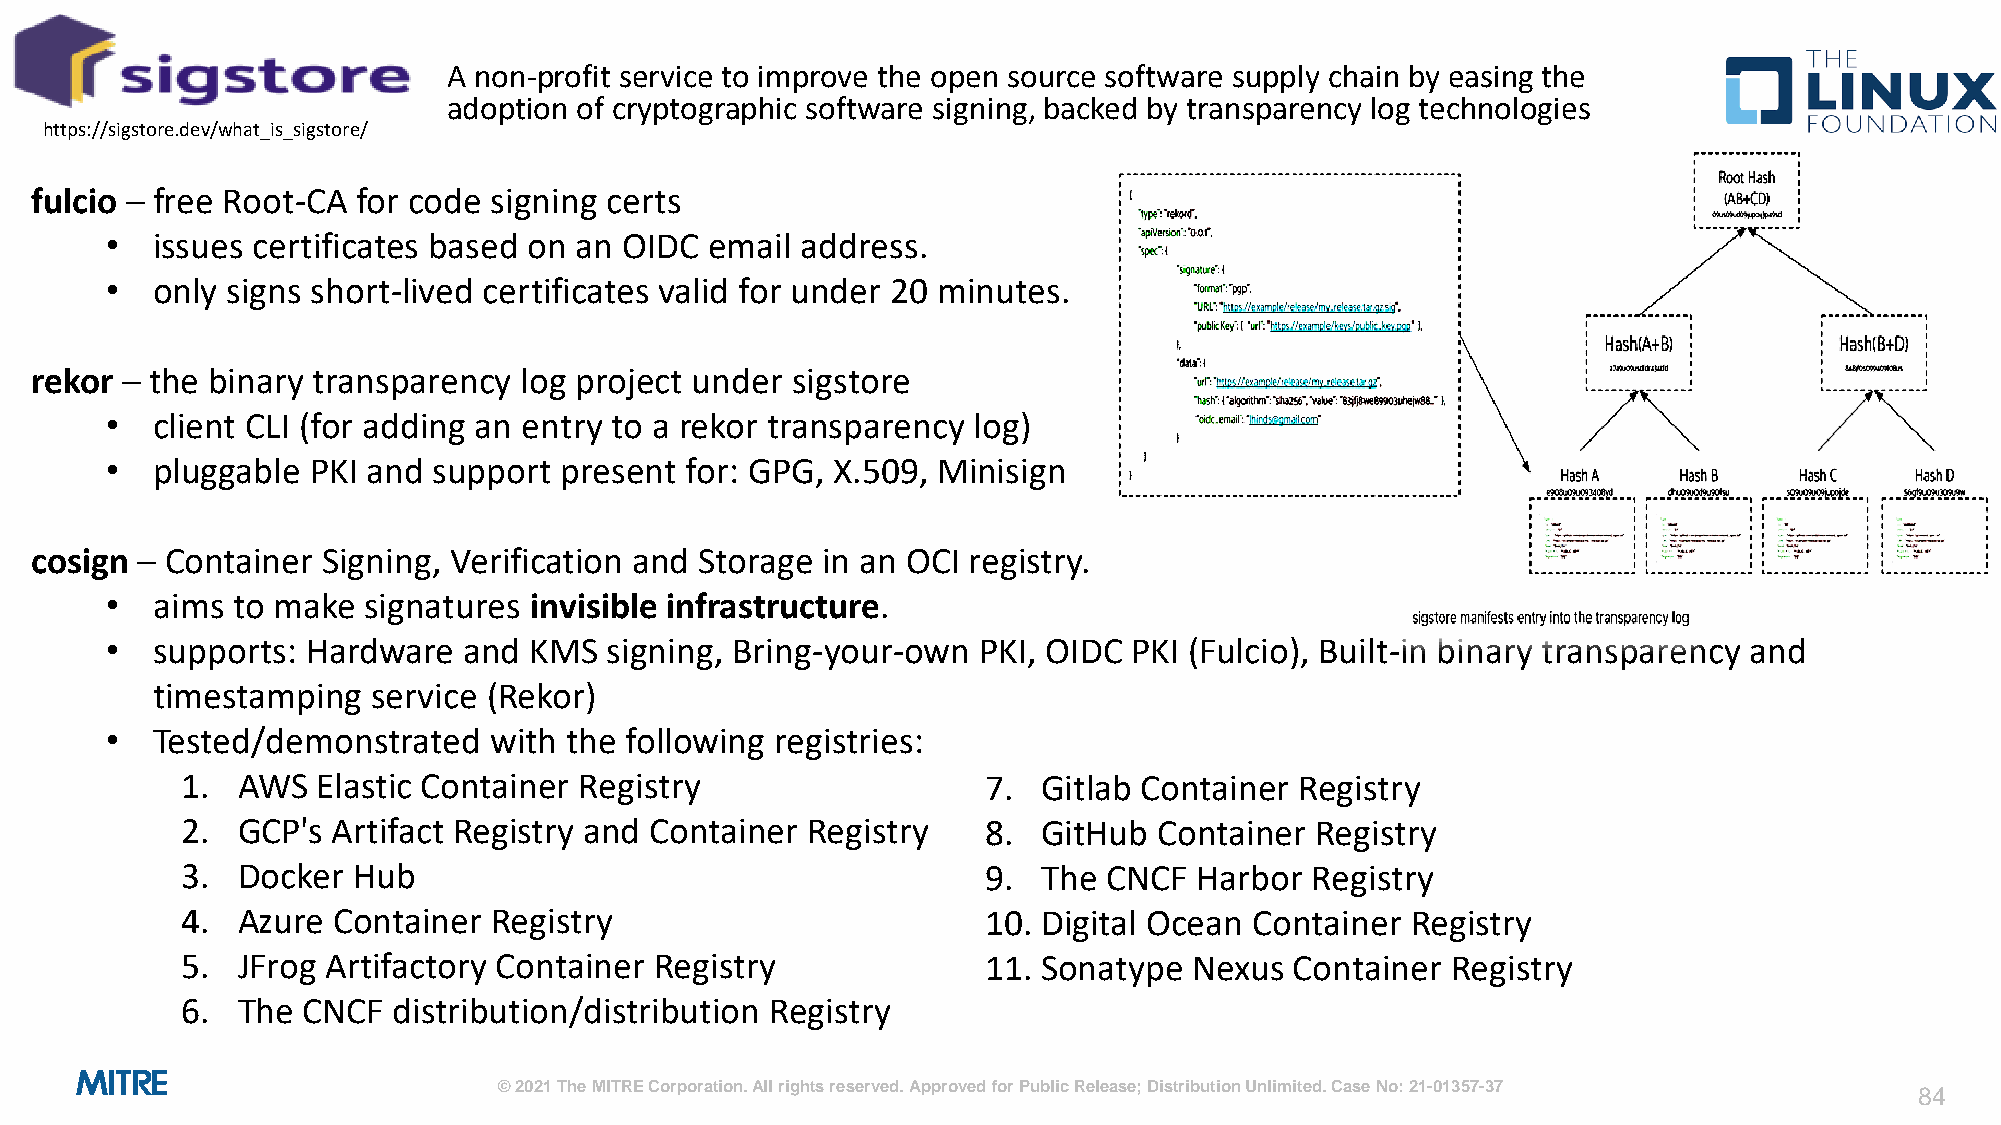
A non-profit service to improve the open source software supply chain by easing the
 adoption of cryptographic software signing, backed by transparency log technologies
 https://sigstore.dev/what_is_sigstore/
 fulcio – free Root-CA for code signing certs
 •  issues certificates based on an OIDC email address.
 •  only signs short-lived certificates valid for under 20 minutes.
 rekor – the binary transparency log project under sigstore
 •  client CLI (for adding an entry to a rekor transparency log)
 •  pluggable  PKI and support present for: GPG, X.509, Minisign
 cosign – Container Signing, Verification and Storage in an OCI registry.
 •  aims to make  signatures invisible infrastructure.
 •  supports: Hardware   and KMS  signing, Bring-your-own  PKI, OIDC PKI (Fulcio), Built-in binary transparency and
 timestamping   service (Rekor)
 •  Tested/demonstrated   with the following registries:
 1.  AWS  Elastic Container Registry                  7.  Gitlab Container Registry
 2.  GCP's Artifact Registry and Container Registry   8.  GitHub  Container Registry
 3.  Docker Hub                                       9.  The CNCF  Harbor  Registry
 4.  Azure Container  Registry                        10. Digital Ocean Container Registry
 5.  JFrog Artifactory Container Registry             11. Sonatype  Nexus  Container Registry
 6.  The CNCF  distribution/distribution Registry
 © 2021 The MITRE Corporation. All rights reserved. Approved for Public Release; Distribution Unlimited. Case No: 21-01357-37
 84